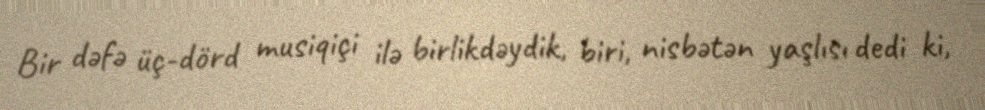
Bir dəfə üç-dörd musiqiçi ilə birlikdəydik, biri, nisbətən yaşlısı dedi ki,